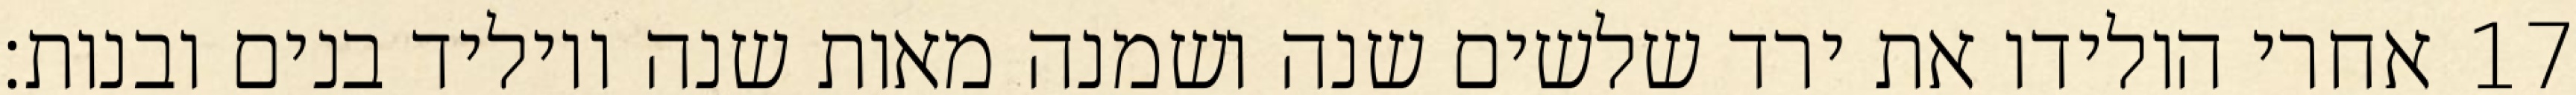
אחרי הולידו את ירד שלשים שנה ושמנה מאות שנה ויוליד בנים ובנות׃ ‎17‏